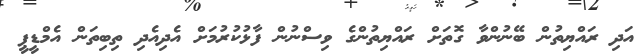
އަދި ރައްޔިތުން ބޭނުންވާ ގޮތަށް ރައްޔިތުންގެ ވިސްނުން ފާޅުކުރުމަށް އެދިއެދި ތިބިތަން އެމްޑީޕީ